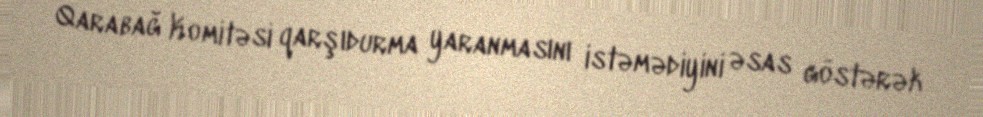
Qarabağ Komitəsi qarşıdurma yaranmasını istəmədiyini əsas göstərək